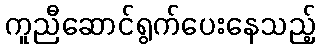
ကူညီဆောင်ရွက်ပေးနေသည့်